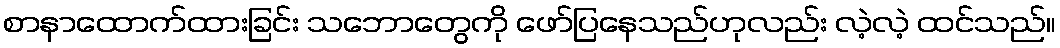
စာနာထောက်ထားခြင်း သဘောတွေကို ဖော်ပြနေသည်ဟုလည်း လဲ့လဲ့ ထင်သည်။